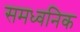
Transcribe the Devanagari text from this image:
समध्वनिक